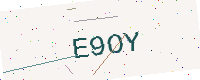
Text: E9OY